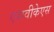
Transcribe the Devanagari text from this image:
एसवीकेएस